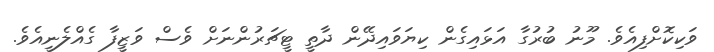
ވަކިކޮށްފިއެވެ. މޫނު ބުރުގާ އަޅައިގެން ކިޔަވައިދޭން ދާތީ ޓީޗަރުންނަށް ވެސް ވަޒީފާ ގެއްލެނީއެވެ.